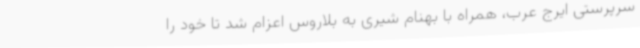
سرپرستی ایرج عرب، همراه با بهنام شیری به بلاروس اعزام شد تا خود را